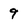
Character: 9